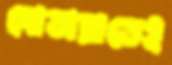
দোতারাতেই